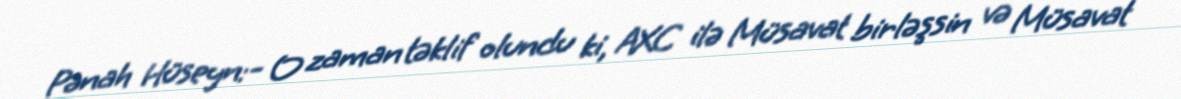
Pənah Hüseyn:- O zaman təklif olundu ki, AXC ilə Müsavat birləşsin və Müsavat